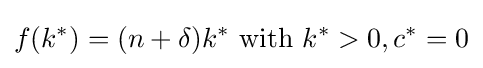
f(k^{*})=(n+\delta )k^{*}{\text{ with }}k^{*}>0,c^{*}=0